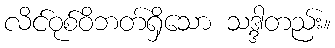
လိင်ဝုစ်ဝိဘတ်ရှိသော သဒ္ဒါတည်း။